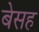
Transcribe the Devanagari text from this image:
बेसह